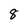
Character: 8